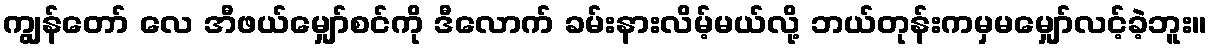
ကျွန်တော် လေ အီဖယ်မျှော်စင်ကို ဒီလောက် ခမ်းနားလိမ့်မယ်လို့ ဘယ်တုန်းကမှမမျှော်လင့်ခဲ့ဘူး။